Report on malaria in the Punjab during the year ...  together with an account of the work of the Punjab Malaria Bureau - Volume 4
Disease focus: Malaria
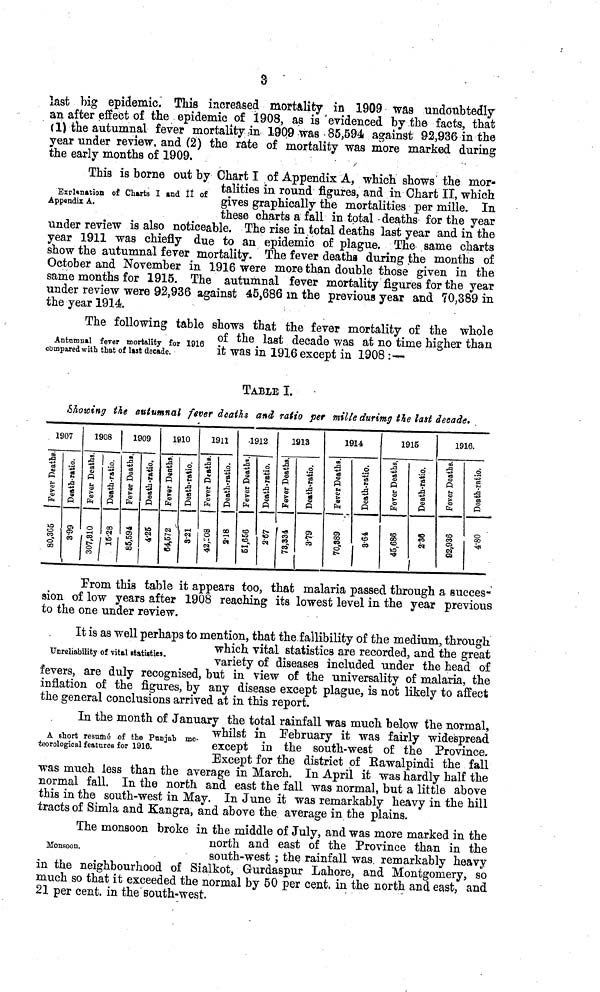
3
last big epidemic. This increased mortality in 1909 was undoubtedly
an after effect of the. epidemic of 1908, as is evidenced by the facts, that
(1) the autumnal fever mortality in 1909 was 85,594 against 92,936 in the
year under review, and (2) the rate of mortality was more marked during
the early months of 1909.
Explanation of Charts I and II of
Appendix A.
This is borne out by Chart I of Appendix A, which shows the mor-
talities in round figures, and in Chart II, which
gives graphically the mortalities per mille. In
these charts a fall in total -deaths for the year
under review is also noticeable. The rise in total deaths last year and in the
year 1911 was chiefly due to an epidemic of plague. The same charts
show the autumnal fever mortality. The fever deaths during the months of
October and November in 1916 were more than double those given in the
same months for 1915. The autumnal fever mortality figures for the year
under review were 92,936 against 45,686 m the previous year and 70,389 in
the year 1914.
Autumnal fever mortality for 1916
compared with that of last decade.
The following table shows that the fever mortality of the whole
or the last decade was at no time higher than
it was in 1916 except in 1908 :—
TABLE I.
Showing the autumnal fever deaths and ratio per mille durimg the last decade.
1907
Fever Deaths
80,365
Death-ratio
3· 99
1908
Fever Deaths
307,310
Death-ratio
15·28
1909
Fever Deaths
85,594
Death-ratio
4·25
1910
Fever Deaths
64,572
Death-ratio
3·21
1911
Fever Deaths
42,208
Death-ratio
2·18
1912
Fever Deaths
51,656
Death-ratio
2·67
1913
Fever Deaths
73,334
Death-ratio
3·79
1914
Fever Deaths
70,389
Death-ratio
3·64
1915
Fever Deaths
45,686
Death-ratio
2·36
1916
Fever Deaths
92,936
Death-ratio
4·80
From this table it appears too, that malaria passed through a succes-
sion oí low years after 1908 reaching its lowest level in the year previous
to the one under review.
Unreliability of vital statistics.
It is as well perhaps to mention, that the fallibility of the medium, through
which vital statistics are recorded, and the great
variety of diseases included under the head of
fevers, are duly recognised, but in view of the universality of malaria, the
inflation of the figures, by any disease except plague, is not likely to affect
the general conclusions arrived at in this report.
A short resumé of the Punjab me-
teorological features for 1916.
In the month of January the total rainfall was much below the normal,
whilst in February it was fairly widespread
except in the south-west of the Province.
Except for the district of Rawalpindi the fall
was much less than the average in March. In April it was hardly half the
normal fall. In the north and east the fall was normal, but a little above
this in the south-west in May. In June it was remarkably heavy in the hill
tracts of Simla and Kangra, and above the average in the plains.
Monsoon.
The monsoon broke in the middle of July, and was more marked in the
north and east or the Province than in the
south-west ; the rainfall was. remarkably heavy
in the neighbourhood of Sialkot, Gurdaspur Lahore, and Montgomery, so
much so that it exceeded the normal by 50 percent, in the north and east, and
21 percent, in the south-west.